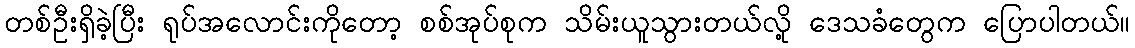
တစ်ဦးရှိခဲ့ပြီး ရုပ်အလောင်းကိုတော့ စစ်အုပ်စုက သိမ်းယူသွားတယ်လို့ ဒေသခံတွေက ပြောပါတယ်။